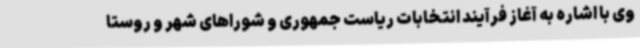
وی با اشاره به آغاز فرآیند انتخابات ریاست جمهوری و شوراهای شهر و روستا